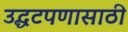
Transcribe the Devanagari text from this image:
उद्धटपणासाठी